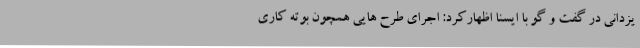
یزدانی در گفت و گو با ایسنا اظهارکرد: اجرای طرح هایی همچون بوته کاری